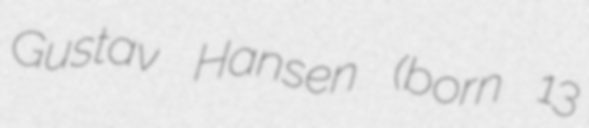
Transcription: Gustav Hansen (born 13